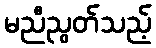
မညီညွတ်သည့်